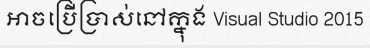
អាចប្រើប្រាស់នៅក្នុង Visual Studio 2015